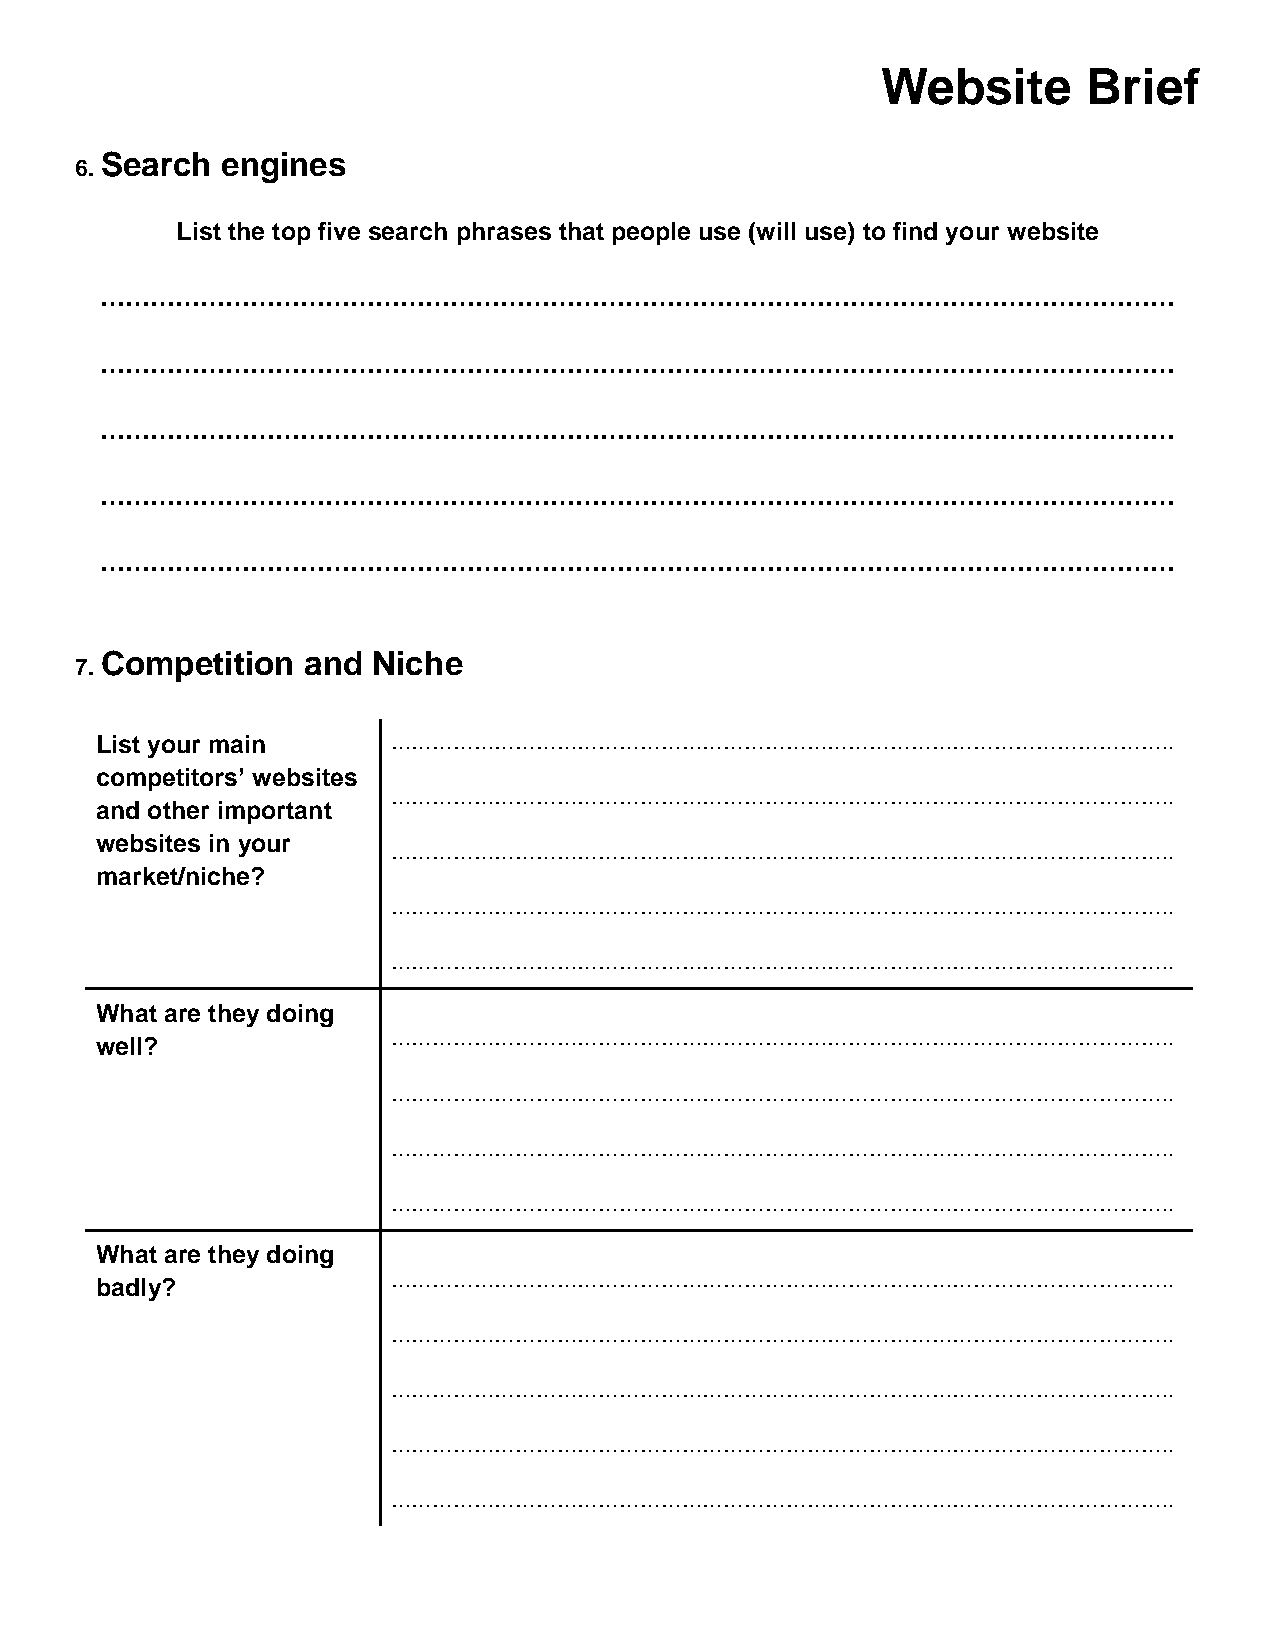
Website       Brief
 Search  engines
 6.
 List the top five search phrases that people use (will use) to find your website
 …………………………………………………………………………………………………………………
 …………………………………………………………………………………………………………………
 …………………………………………………………………………………………………………………
 …………………………………………………………………………………………………………………
 …………………………………………………………………………………………………………………
 Competition  and  Niche
 7.
 List your main      …………………………………………………………………………………………………..
 competitors’ websites
 …………………………………………………………………………………………………..
 and other important
 websites in your
 …………………………………………………………………………………………………..
 market/niche?
 …………………………………………………………………………………………………..
 …………………………………………………………………………………………………..
 What are they doing
 well?               …………………………………………………………………………………………………..
 …………………………………………………………………………………………………..
 …………………………………………………………………………………………………..
 …………………………………………………………………………………………………..
 What are they doing
 badly?              …………………………………………………………………………………………………..
 …………………………………………………………………………………………………..
 …………………………………………………………………………………………………..
 …………………………………………………………………………………………………..
 …………………………………………………………………………………………………..